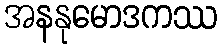
အနနုမောဒကဿ